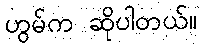
ဟွမ်က ဆိုပါတယ်။